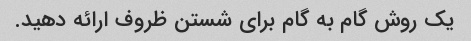
یک روش گام به گام برای شستن ظروف ارائه دهید.